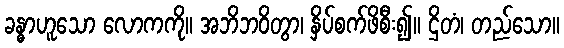
ခန္ဓာဟူသော လောကကို။ အဘိဘဝိတွာ၊ နှိပ်စက်ဖိစီး၍။ ဌိတံ၊ တည်သော။